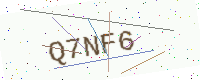
Text: Q7NF6